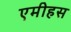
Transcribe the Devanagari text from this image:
एमीहस